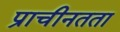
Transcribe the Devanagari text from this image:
प्राचीनतता